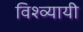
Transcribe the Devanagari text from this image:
विश्व्यायी